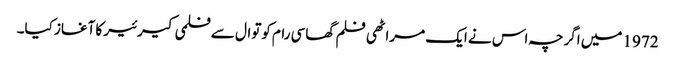
1972 میں اگرچہ اس نے ایک مراٹھی فلم گھاسی رام کوتوال سے فلمی کیرئیر کا آغاز کیا۔